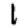
Digit: 1